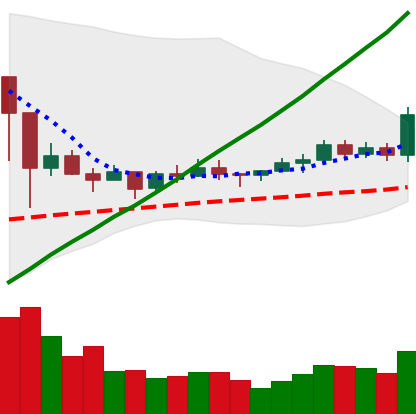
Ticker: ETC-USD
Chart end date: 2021-03-13
Forward return: -11.664%
Label: down_7plus